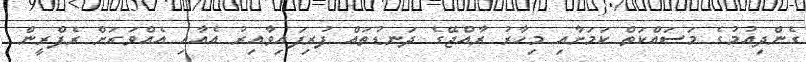
ގެންދިއުމުގެ މަސައްކަތް ކަމަށާއި މިހާރު ރާއްޖޭގެ ދަނޑުތައް ފުރިފައިވާއިރު އެއާއި އެއްވަރަށް ރެފްރީން